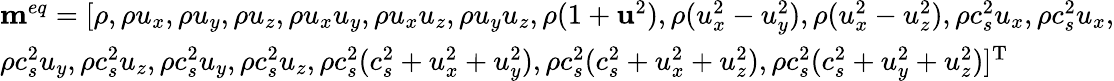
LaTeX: \begin{array}{l}{{{\mathbf{m}}^{eq}}=[\rho,\rho{u_{x}},\rho{u_{y}},\rho{u_{z}},\rho{u_{x}}{u_{y}},\rho{u_{x}}{u_{z}},\rho{u_{y}}{u_{z}},\rho(1+{{\mathbf{u}}^{2}}),\rho(u_{x}^{2}-u_{y}^{2}),\rho(u_{x}^{2}-u_{z}^{2}),\rho c_{s}^{2}{u_{x}},\rho c_{s}^{2}{u_{x}},}\\ {\rho c_{s}^{2}{u_{y}},\rho c_{s}^{2}{u_{z}},\rho c_{s}^{2}{u_{y}},\rho c_{s}^{2}{u_{z}},\rho c_{s}^{2}(c_{s}^{2}+u_{x}^{2}+u_{y}^{2}),\rho c_{s}^{2}(c_{s}^{2}+u_{x}^{2}+u_{z}^{2}),\rho c_{s}^{2}(c_{s}^{2}+u_{y}^{2}+u_{z}^{2}){]^{\mathrm{T}}}\mathrm{{}}}\end{array}